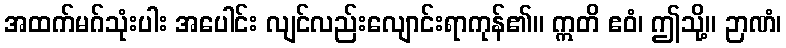
အထက်မဂ်သုံးပါး အပေါင်း လျင်လည်းလျောင်းရာကုန်၏။ ဣတိ ဧဝံ၊ ဤသို့။ ဉာဏံ၊